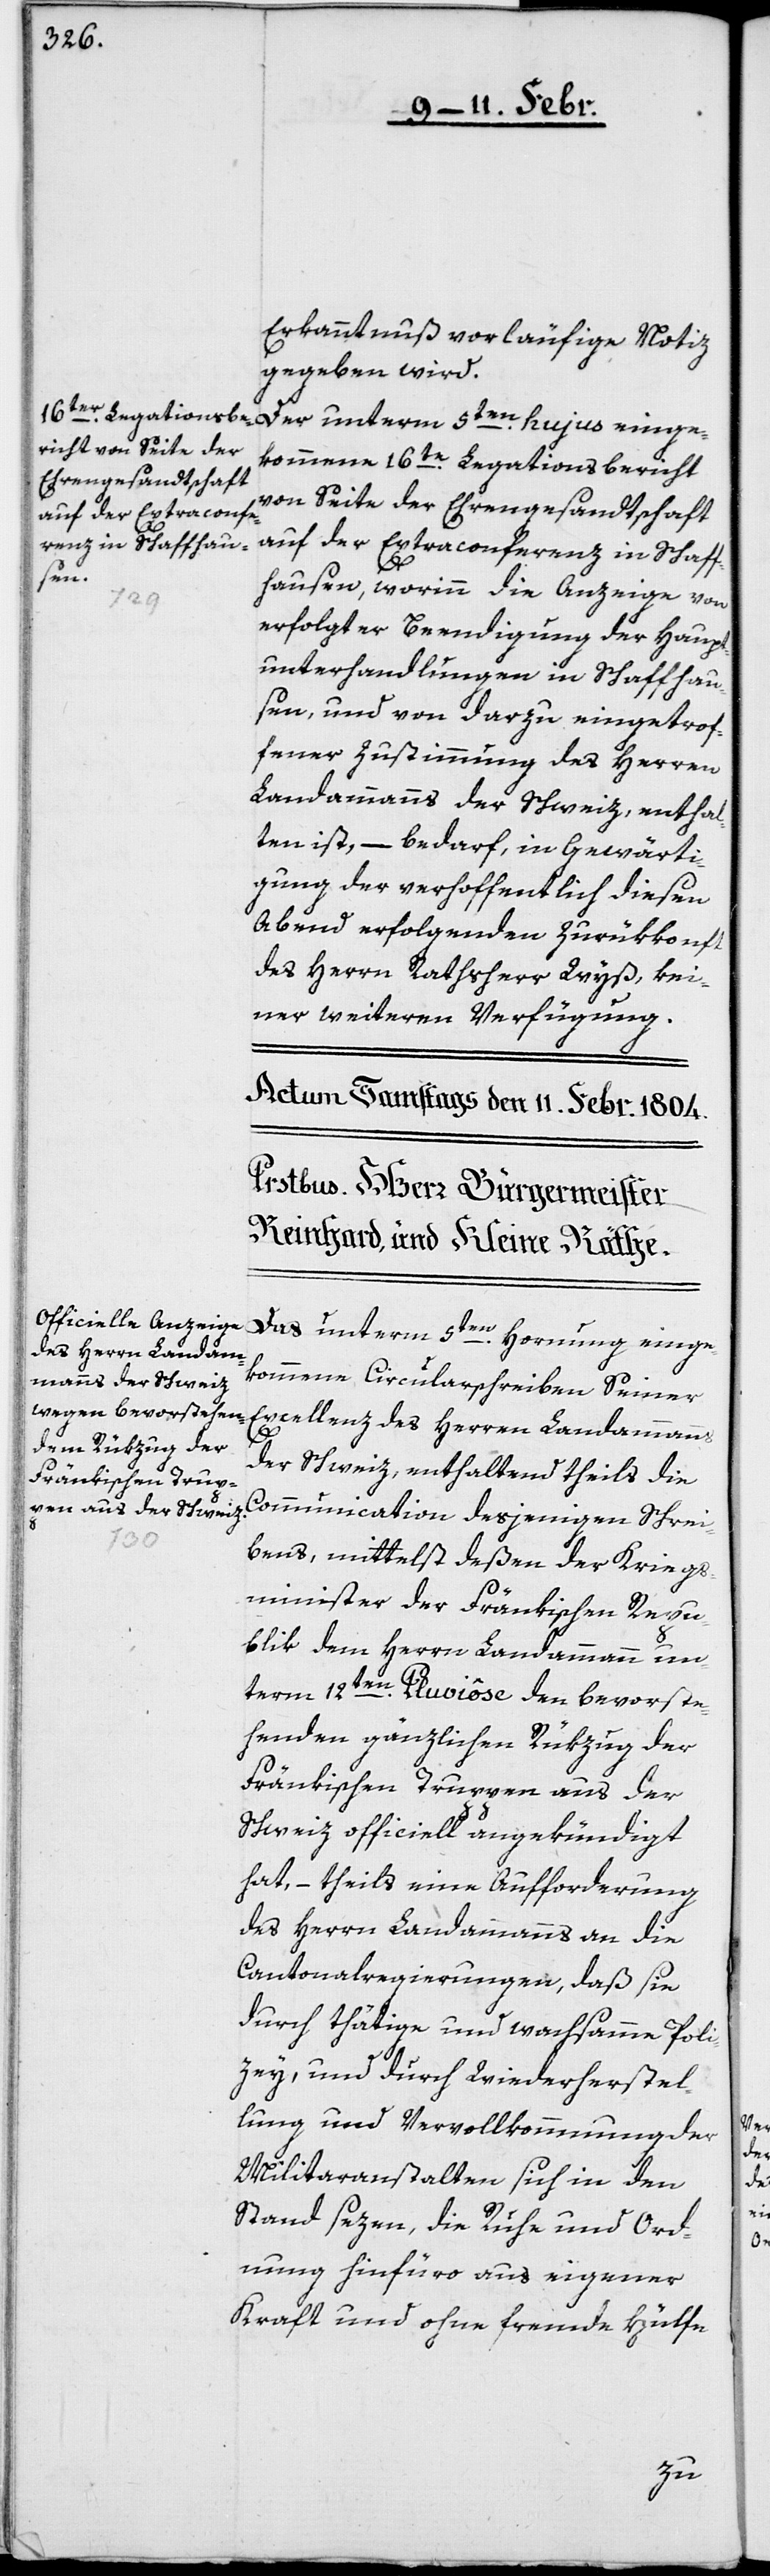
Erkanntnuß vorläufige Notiz
gegeben wird.
Der unterm 5ten. hujus einge¬
kommene 16te. Legationsbericht
von Seite der Ehrengesandtschaft
auf der Extraconferenz in Schaff¬
hausen, worinn die Anzeige von
erfolgter Beendigung der Haupt¬
unterhandlungen in Schaffhau¬
sen, und von darzu eingetrof¬
fener Zustimmung des Herren
Landammanns der Schweiz, enthal¬
ten ist, – bedarf in Gewärti¬
gung der verhoffentlich diesen
Abend erfolgenden Zurükkonft
des Herrn Rathsherr Wyß, kei¬
ner weiteren Verfügung.
Das unterm 5ten. Hornung einge¬
kommene Circularschreiben Seiner
Excellenz des Herren Landammanns
der Schweiz, enthaltend theils die
Communication desjenigen Schrei¬
bens, mittelst deßen der Kriegs¬
minister der Fränkischen Repu¬
blik dem Herrn Landammann un¬
term 12ten. Pluviôse den bevorste¬
henden gänzlichen Rükzug der
Fränkischen Truppen aus der
Schweiz officiell angekündigt
hat, – theils eine Aufforderung
des Herrn Landammanns an die
Cantonalregierungen, daß sie
durch thätige und wachsamme Poli¬
zey, und durch Wiederherstel¬
lung und Vervollkommnung der
Militaranstalten sich in den
Stand sezen, die Ruhe und Ord¬
nung hinfüro aus eigener
Kraft und ohne fremde Hülfe